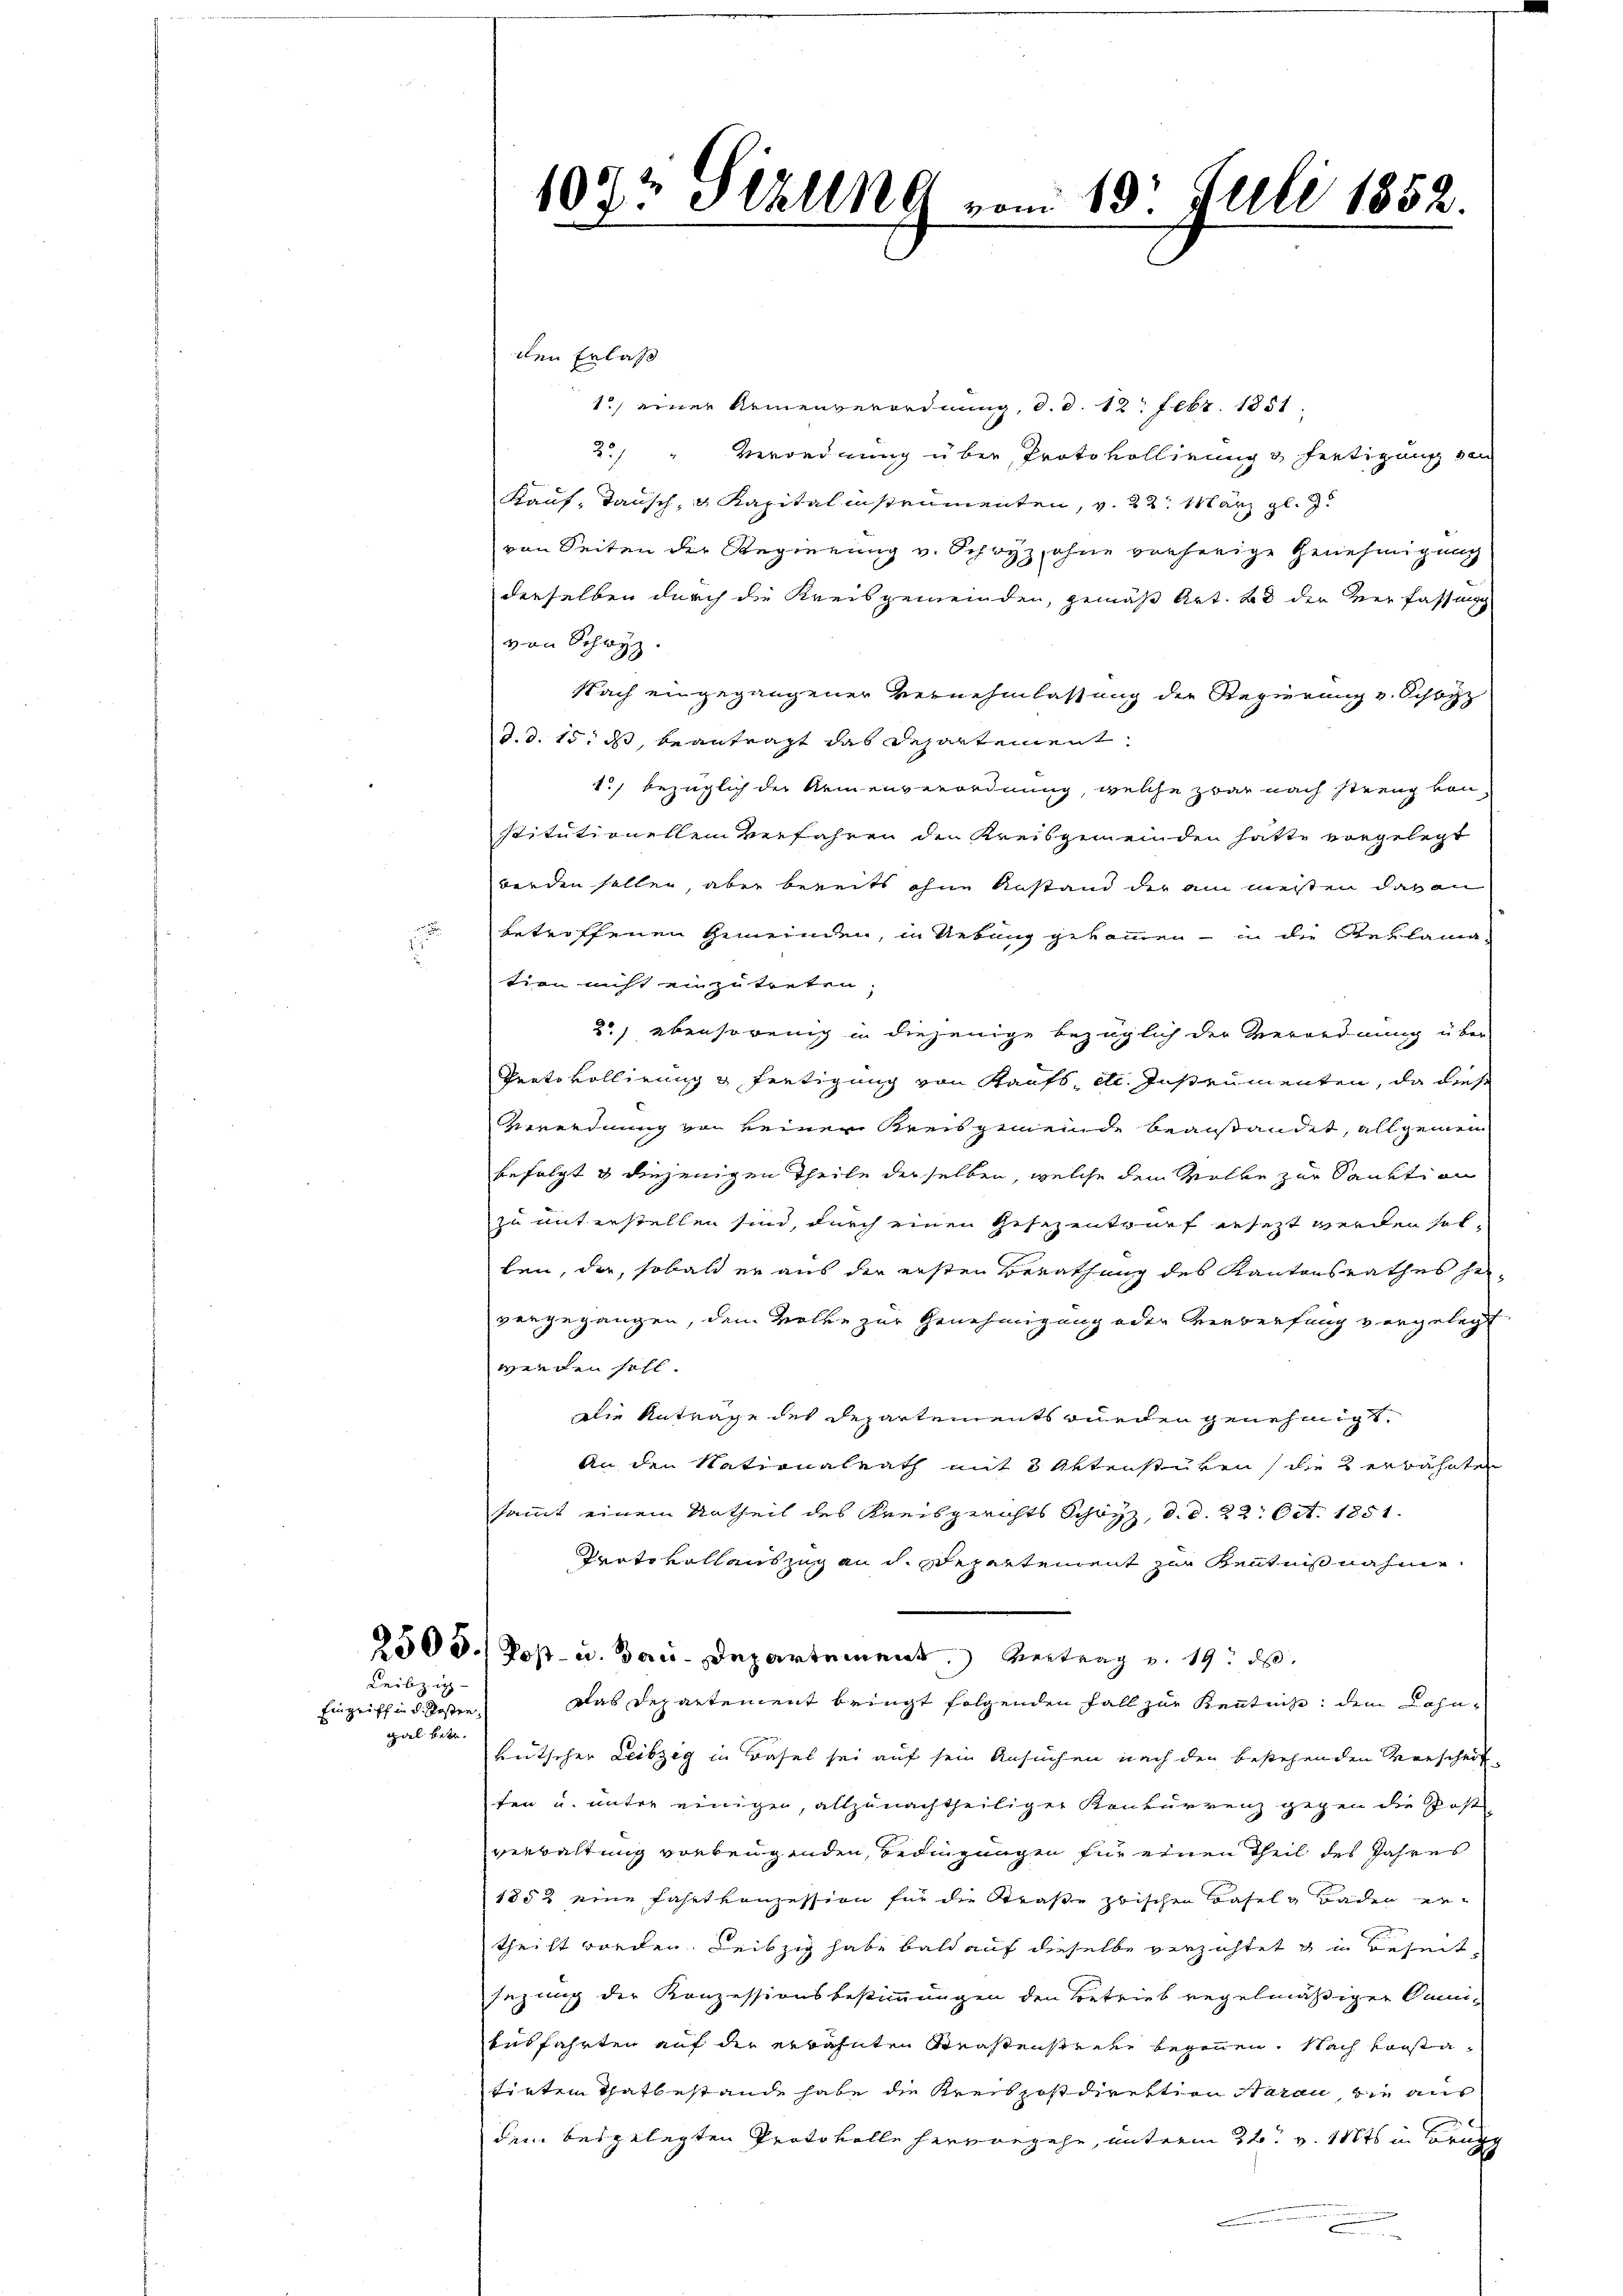
Leibzig

Eingriff in d. Posten
piel betr.

107t Itzung vom 18. Juli 1852.

den Erlas
1, einer Armenverordnung, d. d. 12. Febr. 1851.
2. " Verordnung über Protokollirung & fertigung von
Kauf, Tausch, u Kapital instrumenten, v. 22. März l. J.
von Seiten der Regierung v. Schwyz, ohne vorherige Genehmigung
derselben durch die Kreisgemeinden, gemäß Art. 28 der Verfassung
von Schwyz.
Nach eingegangener Vernehmlassung der Regierung v. Schochz
d. d. 15. ds, beantragt das Repartement
1., bezüglich der Armenverordnung, welche zwar nach streng von
stitutionellen verfahren den Kreisgemeinden hatte vorgelegt
werden sollen, aber bereits ohne Anstand der am meisten davon
betroffenen Gemeinden, in Uebung gekommen - in die Reklamation nicht einzutreten.
2) ebensowenig in diejenige bezüglich der Verordnung über
Prato vollirung & fertigung von Kaufs etc. Instrumenten, da diese
Verordnung von keiner Kreisgemeinde beanstandet, allgemein
befolgt & diejenigen Theile derselben, welche dem Volke zur Sanktion
zu unterstellen sind, durch einen Gesezentwurf gesezt werden solben, der, sobald er aus der ersten Berathung des Kantonsrathes hervergegangen, dem Volke zur Genehmigung oder Verwerfung vorgelegt
wenden soll
Die Antrage des Departements wurden genehmigt,
An den Nationalrath mit 5 Aktenstüren, die 2 erwähnten
sammt einem Urtheil des Kreisgerichts Schwyz, d. d. 22. Oct. 1851.
Prato vollauszug an d. Separtement zur Kenntnißnahme
2503. Post- u. Bau-Departement, Vertrag v. 19. d.
Das Departement bringt folgenden Fall zur Kenntnis: dem Lohn-
Bütscher Leibzeg in Basel sei auf sein Ansuchen nach den bestehenden Verscheit-
ten u. unter einigen, allzunachtheiliger Konkurrenz gegen die Post
verwaltung vorbeugenden Bedingungen für einen Theil des Jahres
1852 eine Fahrt konzession für die Straße zwischen Basels Baden ertheilt worden. Leibzig habe bald auf dieselbe verzichtet & in Beseit
jezung der Konzessionsbestimmungen den Betrieb regelmäßiger Qui¬
Ausfahrten auf die erbahnten Strastenstecke begonnen. Nach Konstatirten Thatbestande habe die Kreikpostdirektion Sardi, die aus
dem beigelegten Protokolle hervorgehe, unterm 22. v. Mts. in Bru
n